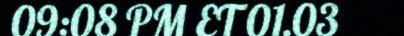
09:08 PM ET 01.03